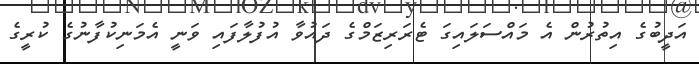
އަދީބުގެ އިތުރުން އެ މައްސަލައިގަ ޓެރަރިޒަމްގެ ދައުވާ އުފުލާފައި ވަނީ އެމަނިކުފާނުގެ ކުރީގެ